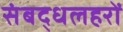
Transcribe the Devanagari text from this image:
संबद्धलहरों